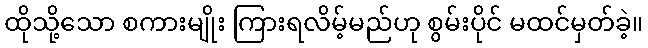
ထိုသို့သော စကားမျိုး ကြားရလိမ့်မည်ဟု စွမ်းပိုင် မထင်မှတ်ခဲ့။